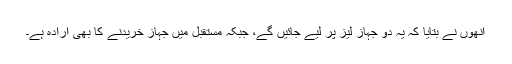
انھوں نے بتایا کہ یہ دو جہاز لیز پر لیے جائیں گے، جبکہ مستقبل میں جہاز خریدنے کا بھی ارادہ ہے۔